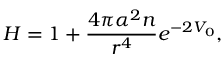
H = 1 + \frac { 4 \pi \alpha ^ { 2 } n } { r ^ { 4 } } e ^ { - 2 V _ { 0 } } ,